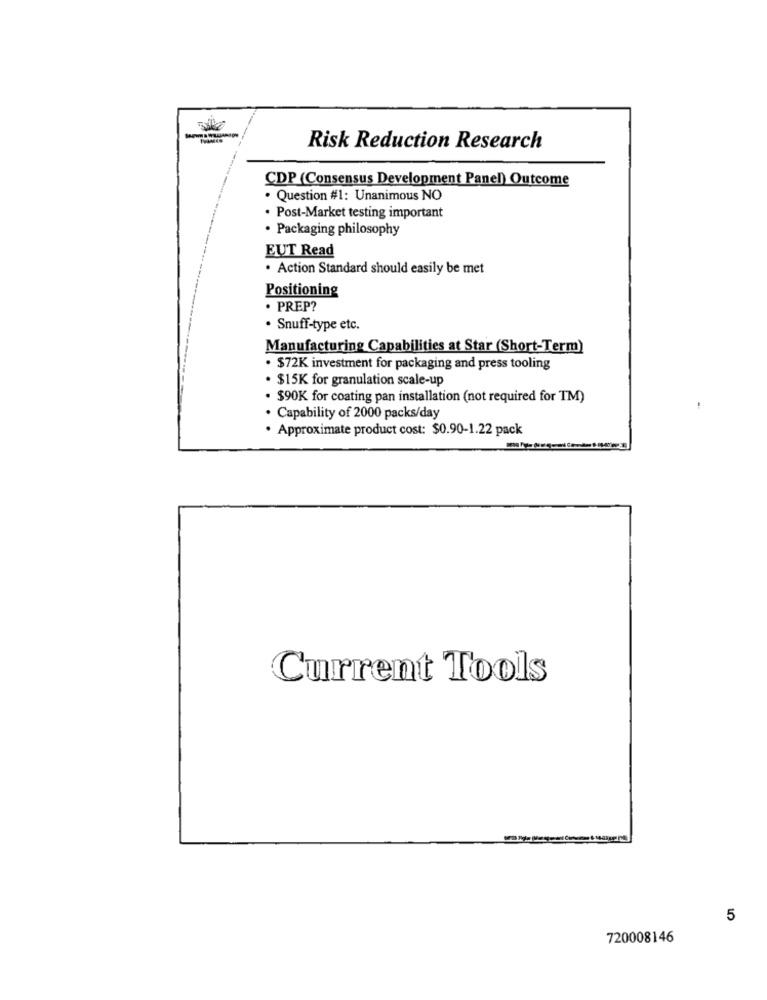
Risk Reduction Research
CDP (Consensus Development Panel) Outcome
. Question #1: Unanimous NO
· Post-Market testing important
· Packaging philosophy
EUT Read
. Action Standard should easily be met
Positioning
· PREP?
· Snuff-type etc.
Manufacturing Capabilities at Star (Short-Term)
. $72K investment for packaging and press tooling
. $15K for granulation scale-up
. $90K for coating pan installation (not required for TM)
Capability of 2000 packs/day
· Approximate product cost: $0.90-1.22 pack
Current Tools
5
720008146